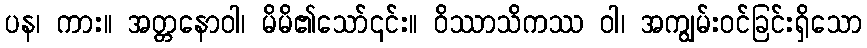
ပန၊ ကား။ အတ္တနောဝါ၊ မိမိ၏သော်၎င်း။ ဝိဿာသိကဿ ဝါ၊ အကျွမ်းဝင်ခြင်းရှိသော